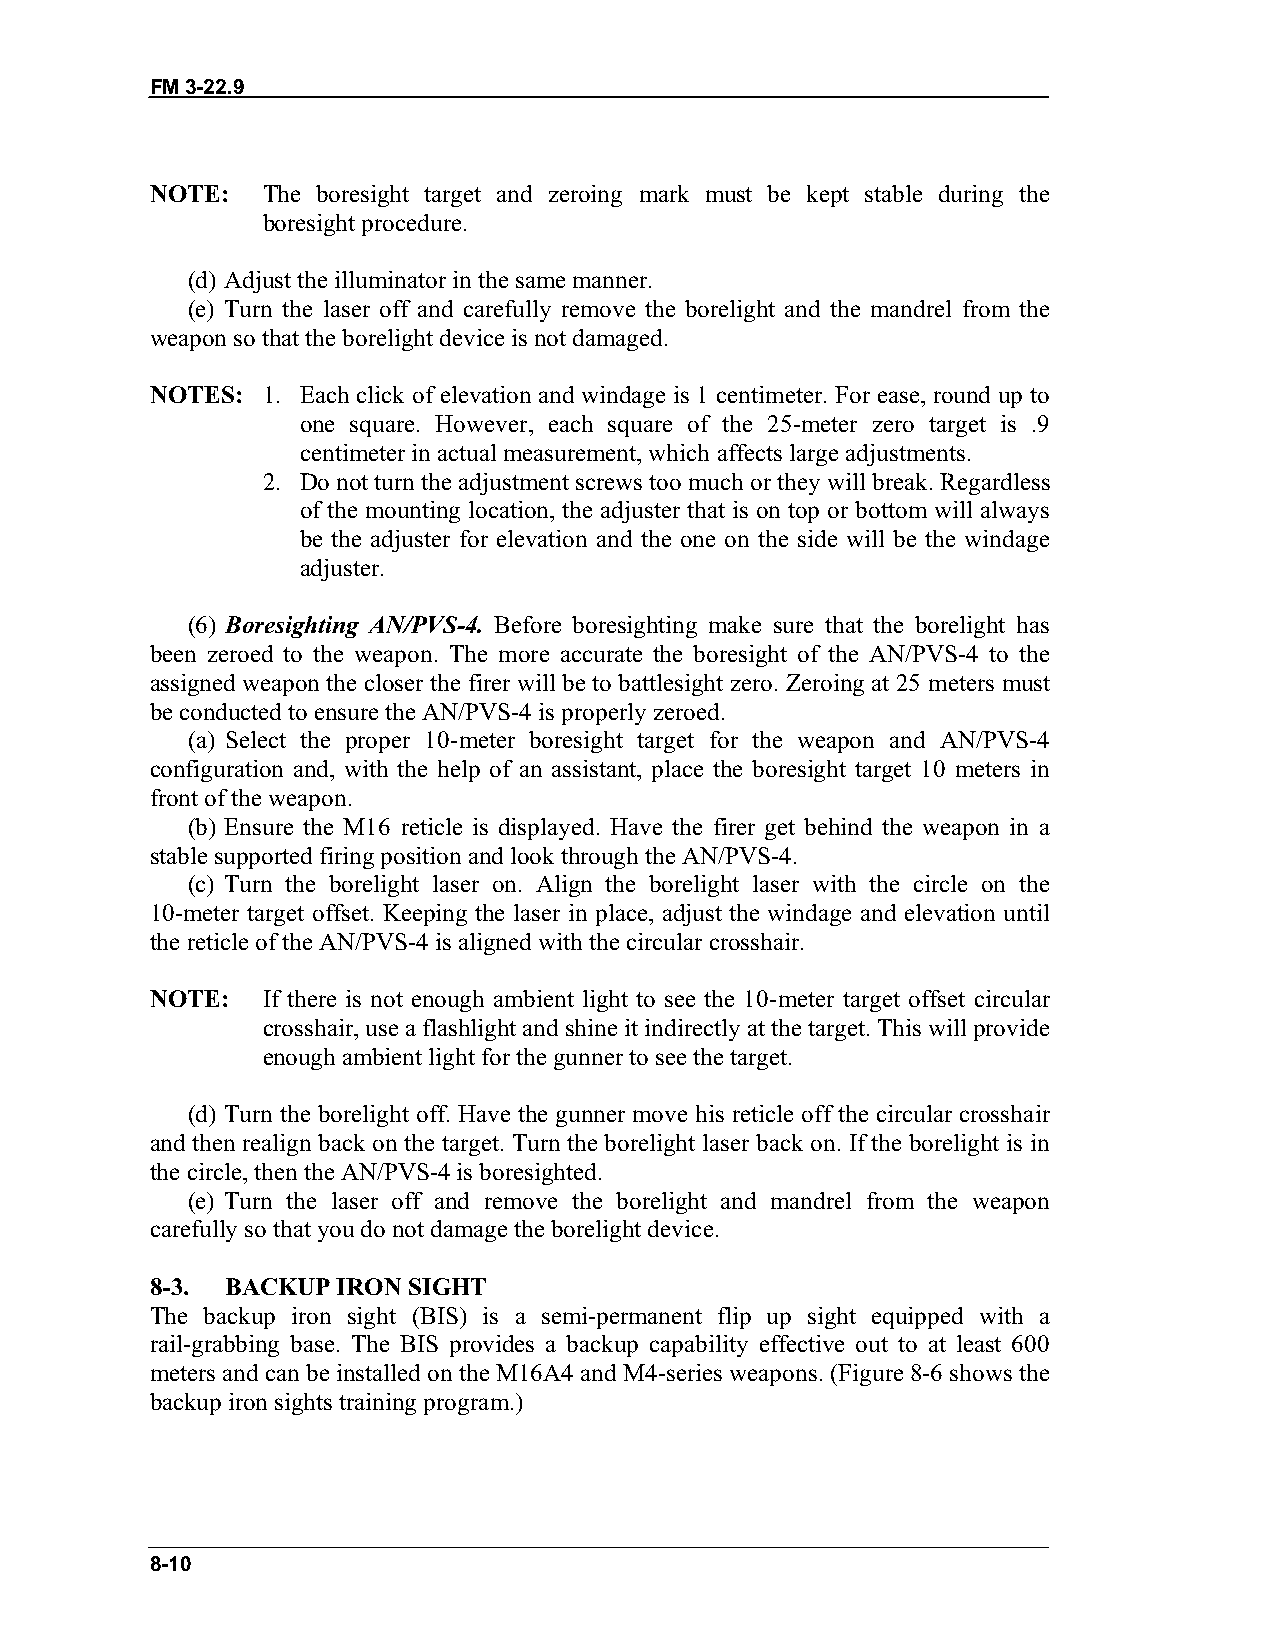
FM 3-22.9
 NOTE:  The boresight target and zeroing mark must be kept stable during the
 boresight procedure.
 (d) Adjust the illuminator in the same manner.
 (e) Turn the laser off and carefully remove the borelight and the mandrel from the
 weapon so that the borelight device is not damaged.
 NOTES: 1. Each click of elevation and windage is 1 centimeter. For ease, round up to
 one square. However, each square of the 25-meter zero target is .9
 centimeter in actual measurement, which affects large adjustments.
 2. Do not turn the adjustment screws too much or they will break. Regardless
 of the mounting location, the adjuster that is on top or bottom will always
 be the adjuster for elevation and the one on the side will be the windage
 adjuster.
 (6) Boresighting AN/PVS-4. Before boresighting make sure that the borelight has
 been zeroed to the weapon. The more accurate the boresight of the AN/PVS-4 to the
 assigned weapon the closer the firer will be to battlesight zero. Zeroing at 25 meters must
 be conducted to ensure the AN/PVS-4 is properly zeroed.
 (a) Select the proper 10-meter boresight target for the weapon and AN/PVS-4
 configuration and, with the help of an assistant, place the boresight target 10 meters in
 front of the weapon.
 (b) Ensure the M16 reticle is displayed. Have the firer get behind the weapon in a
 stable supported firing position and look through the AN/PVS-4.
 (c) Turn the borelight laser on. Align the borelight laser with the circle on the
 10-meter target offset. Keeping the laser in place, adjust the windage and elevation until
 the reticle of the AN/PVS-4 is aligned with the circular crosshair.
 NOTE:  If there is not enough ambient light to see the 10-meter target offset circular
 crosshair, use a flashlight and shine it indirectly at the target. This will provide
 enough ambient light for the gunner to see the target.
 (d) Turn the borelight off. Have the gunner move his reticle off the circular crosshair
 and then realign back on the target. Turn the borelight laser back on. If the borelight is in
 the circle, then the AN/PVS-4 is boresighted.
 (e) Turn the laser off and remove the borelight and mandrel from the weapon
 carefully so that you do not damage the borelight device.
 8-3. BACKUP IRON SIGHT
 The backup iron sight (BIS) is a semi-permanent flip up sight equipped with a
 rail-grabbing base. The BIS provides a backup capability effective out to at least 600
 meters and can be installed on the M16A4 and M4-series weapons. (Figure 8-6 shows the
 backup iron sights training program.)
 8-10